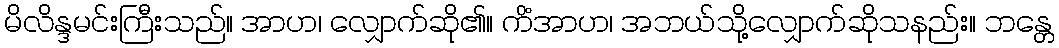
မိလိန္ဒမင်းကြီးသည်။ အာဟ၊ လျှောက်ဆို၏။ ကိံအာဟ၊ အဘယ်သို့လျှောက်ဆိုသနည်း။ ဘန္တေ